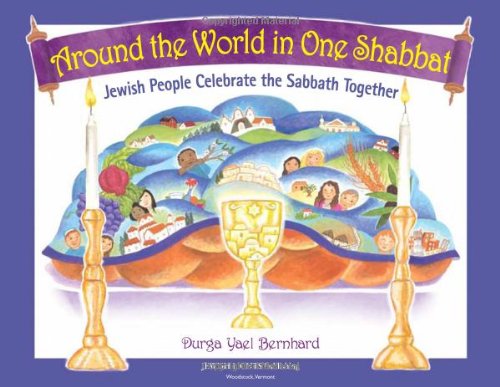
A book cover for Around the World in One Shabbat: Jewish People Celebrate the Sabbath Together; Durga Yael Berghard; Children's Books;